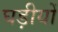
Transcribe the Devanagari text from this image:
घड़ीयों